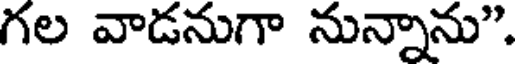
గల వాడనుగా నున్నాను".